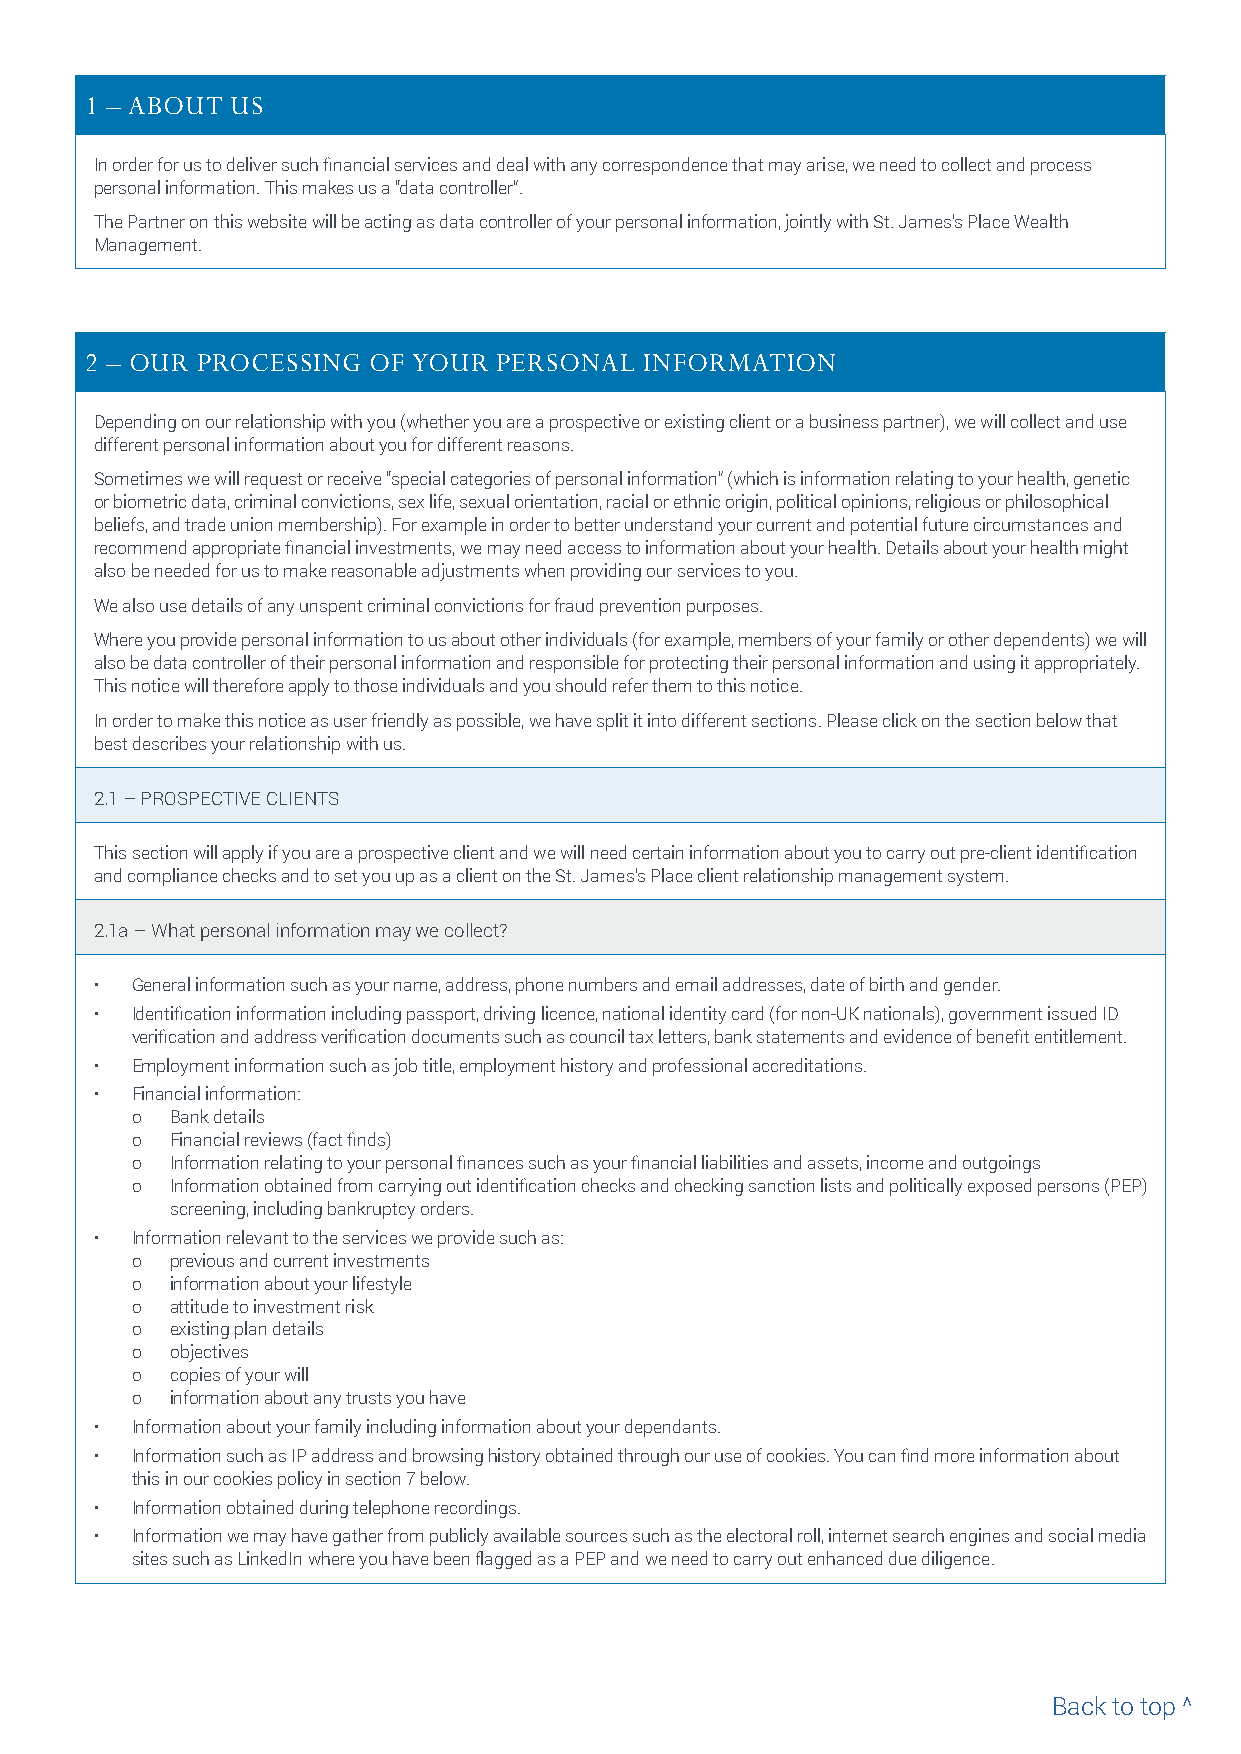
1 – ABOUT US
 In order for us to deliver such financial services and deal with any correspondence that may arise, we need to collect and process
 personal information. This makes us a “data controller”.
 The Partner on this website will be acting as data controller of your personal information, jointly with St. James’s Place Wealth
 Management.
 2 – OUR PROCESSING OF YOUR PERSONAL INFORMATION
 Depending on our relationship with you (whether you are a prospective or existing client or a business partner), we will collect and use
 different personal information about you for different reasons.
 Sometimes we will request or receive “special categories of personal information” (which is information relating to your health, genetic
 or biometric data, criminal convictions, sex life, sexual orientation, racial or ethnic origin, political opinions, religious or philosophical
 beliefs, and trade union membership). For example in order to better understand your current and potential future circumstances and
 recommend appropriate financial investments, we may need access to information about your health. Details about your health might
 also be needed for us to make reasonable adjustments when providing our services to you.
 We also use details of any unspent criminal convictions for fraud prevention purposes.
 Where you provide personal information to us about other individuals (for example, members of your family or other dependents) we will
 also be data controller of their personal information and responsible for protecting their personal information and using it appropriately.
 This notice will therefore apply to those individuals and you should refer them to this notice.
 In order to make this notice as user friendly as possible, we have split it into different sections. Please click on the section below that
 best describes your relationship with us.
 2.1 – PROSPECTIVE CLIENTS
 This section will apply if you are a prospective client and we will need certain information about you to carry out pre-client identification
 and compliance checks and to set you up as a client on the St. James’s Place client relationship management system.
 2.1a – What personal information may we collect?
 •  General information such as your name, address, phone numbers and email addresses, date of birth and gender.
 •  Identification information including passport, driving licence, national identity card (for non-UK nationals), government issued ID
 verification and address verification documents such as council tax letters, bank statements and evidence of benefit entitlement.
 •  Employment information such as job title, employment history and professional accreditations.
 •  Financial information:
 о Bank details
 о Financial reviews (fact finds)
 о Information relating to your personal finances such as your financial liabilities and assets, income and outgoings
 о Information obtained from carrying out identification checks and checking sanction lists and politically exposed persons (PEP)
 screening, including bankruptcy orders.
 •  Information relevant to the services we provide such as:
 о previous and current investments
 о information about your lifestyle
 о attitude to investment risk
 о existing plan details
 о objectives
 о copies of your will
 о information about any trusts you have
 •  Information about your family including information about your dependants.
 •  Information such as IP address and browsing history obtained through our use of cookies. You can find more information about
 this in our cookies policy in section 7 below.
 •  Information obtained during telephone recordings.
 •  Information we may have gather from publicly available sources such as the electoral roll, internet search engines and social media
 sites such as LinkedIn where you have been flagged as a PEP and we need to carry out enhanced due diligence.
 Back to top ^